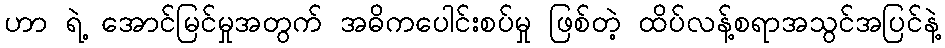
ဟာ ရဲ့ အောင်မြင်မှုအတွက် အဓိကပေါင်းစပ်မှု ဖြစ်တဲ့ ထိပ်လန့်စရာအသွင်အပြင်နဲ့